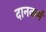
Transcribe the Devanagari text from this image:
दानकर्म